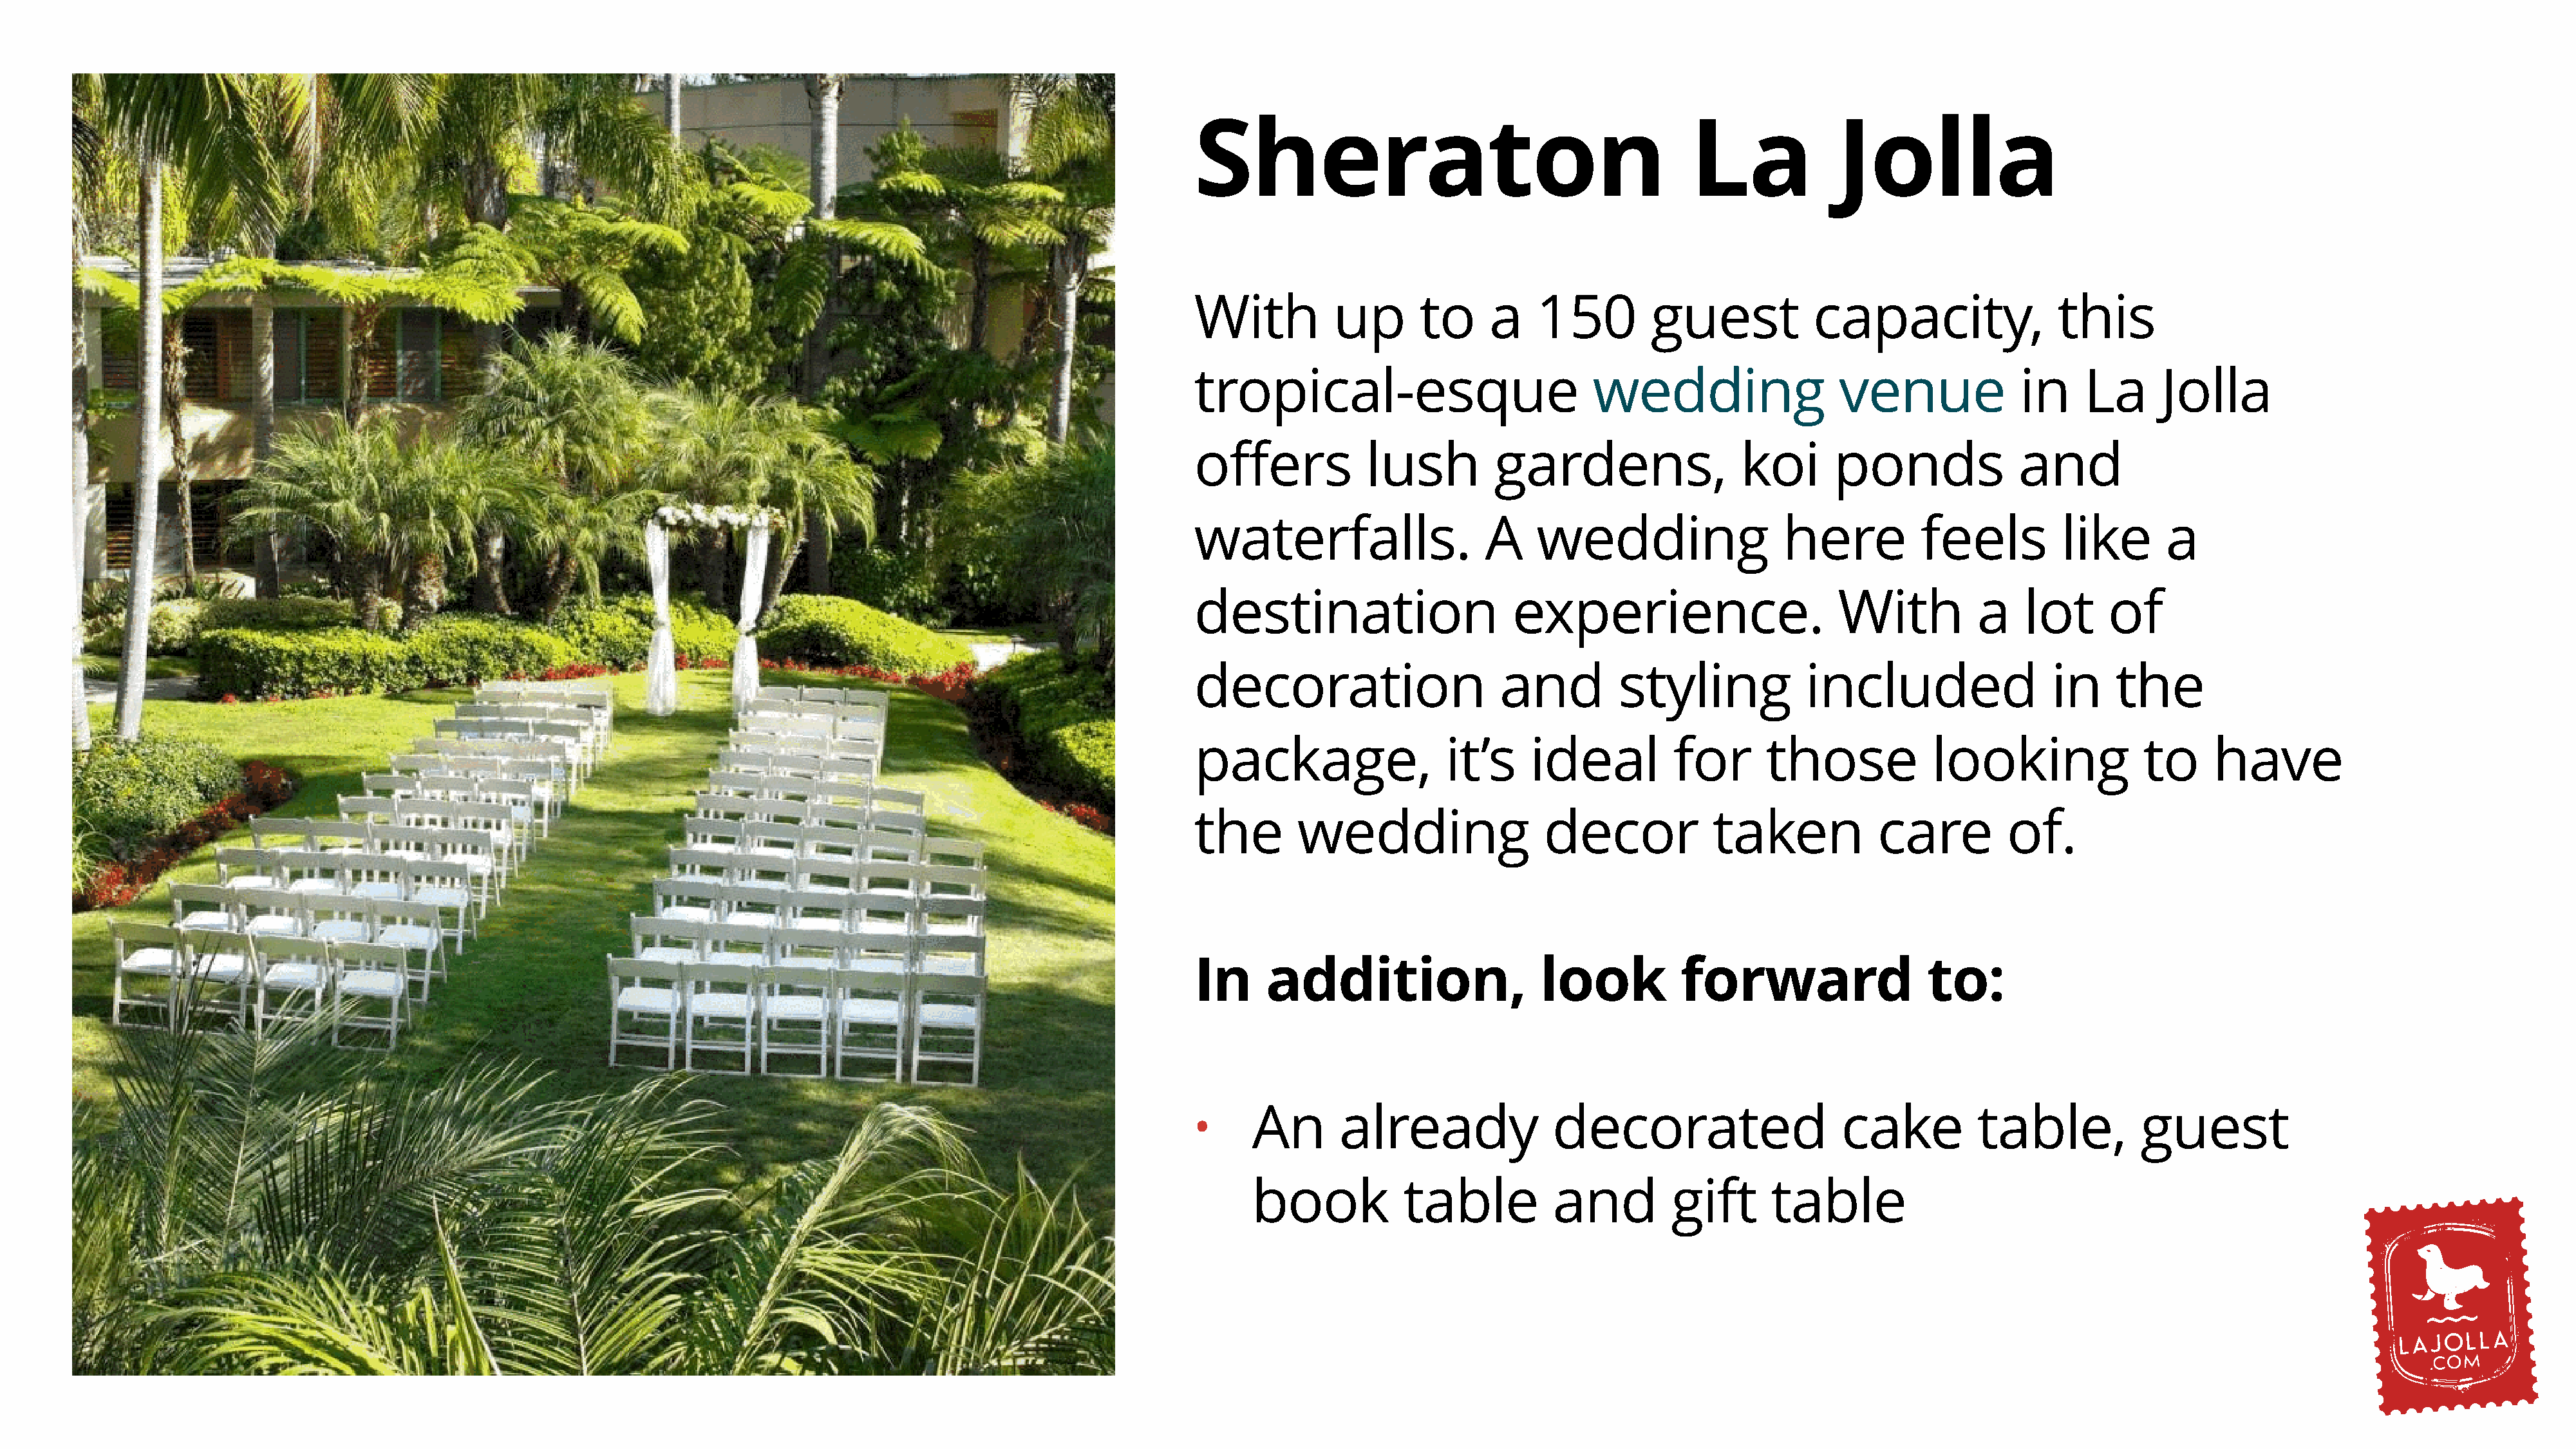
Sheraton                                           La             Jolla
 With          up       to     a    150         guest           capacity,                 this
 tropical-esque                           wedding                  venue              in    La      Jolla
 offers           lush          gardens,                 koi      ponds              and
 waterfalls.                   A    wedding                  here          feels          like       a
 destination                     experience.                       With          a    lot      of
 decoration                     and         styling             included                 in    the
 package,                  it’s    ideal          for       those            looking              to     have
 the       wedding                   decor            taken            care         of.
 In     addition,                   look           forward                  to:
 An       already               decorated                    cake          table,           guest
 •
 book           table           and         gift      table